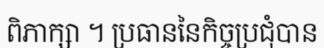
ពិភាក្សា ។ ប្រធាននៃកិច្ចប្រជុំបាន